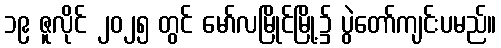
၁၉ ဇူလိုင် ၂၀၂၅ တွင် မော်လမြိုင်မြို့၌ ပွဲတော်ကျင်းပမည်။